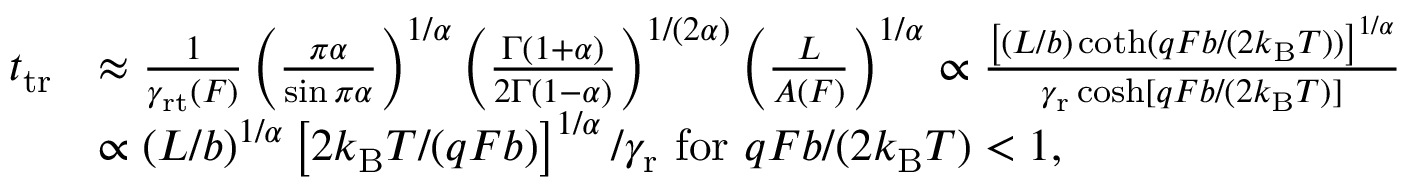
\begin{array} { r l } { t _ { \mathrm { t r } } } & { \approx \frac { 1 } { \gamma _ { \mathrm { r t } } ( F ) } \left( \frac { \pi \alpha } { \sin \pi \alpha } \right) ^ { 1 / \alpha } \left( \frac { \Gamma ( 1 + \alpha ) } { 2 \Gamma ( 1 - \alpha ) } \right) ^ { 1 / ( 2 \alpha ) } \left( \frac { L } { A ( F ) } \right) ^ { 1 / \alpha } \propto \frac { \left[ ( L / b ) \coth ( q F b / ( 2 k _ { \mathrm { B } } T ) ) \right] ^ { 1 / \alpha } } { \gamma _ { \mathrm { r } } \cosh [ q F b / ( 2 k _ { \mathrm { B } } T ) ] } } \\ & { \propto ( L / b ) ^ { 1 / \alpha } \left[ 2 k _ { \mathrm { B } } T / ( q F b ) \right] ^ { 1 / \alpha } / \gamma _ { \mathrm { r } } \mathrm { ~ f o r ~ } q F b / ( 2 k _ { \mathrm { B } } T ) < 1 , } \end{array}